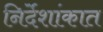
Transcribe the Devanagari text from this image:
निर्देशांकात